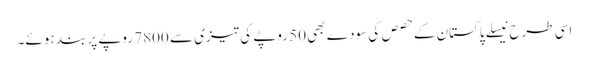
اسی طرح نیسلے پاکستان کے حصص کی سودے بھی 50 روپے کی تیزی سے 7800 روپے پر بند ہوئے۔